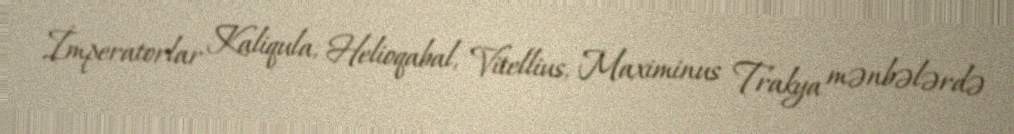
İmperatorlar Kaliqula, Helioqabal, Vitellius, Maximinus Trakya mənbələrdə